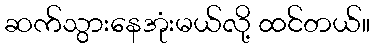
ဆက်သွားနေအုံးမယ်လို့ ထင်တယ်။